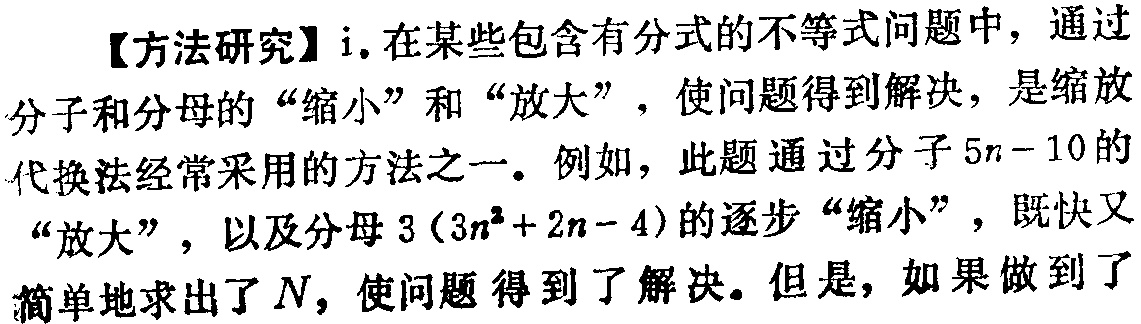
【方法研究】i.在某些包含有分式的不等式问题中，通过分子和分母的“缩小”和“放大”，使问题得到解决，是缩放代换法经常采用的方法之一。例如，此题通过分子\(5n - 10\)的“放大”，以及分母\(3(3n^{2}+2n - 4)\)的逐步“缩小”，既快又简单地求出了\(N\)，使问题得到了解决。但是，如果做到了